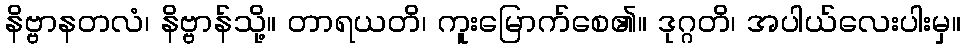
နိဗ္ဗာနတလံ၊ နိဗ္ဗာန်သို့။ တာရယတိ၊ ကူးမြောက်စေ၏။ ဒုဂ္ဂတိ၊ အပါယ်လေးပါးမှ။